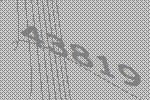
43819